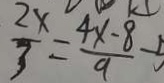
\frac { 2 x } { 3 } = \frac { 4 x - 8 } { 9 } - 5